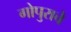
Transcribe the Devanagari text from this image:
गोपुराचे